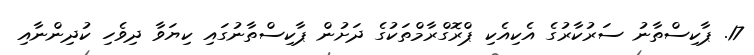
17. ޕާކިސްތާނު ސަރުކާރުގެ އެކިއެކި ޕްރޮގްރާމްތަކުގެ ދަށުން ޕާކިސްތާނުގައި ކިޔަވާ ދިވެހި ކުދިންނާއި